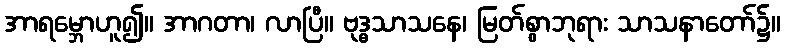
အာရမ္ဘောဟူ၍။ အာဂတာ၊ လာပြီ။ ဗုဒ္ဓသာသနေ၊ မြတ်စွာဘုရား သာသနာတော်၌။